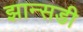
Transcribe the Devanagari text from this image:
झान्सडी